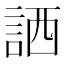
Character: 𧧍